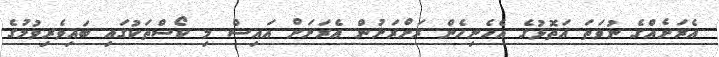
އެރަށެއްގެ ނުވަތަ އަތޮޅުގެ އެހެނިހެން ރަށްރަށުން އެރަށަށް އައިސް މި ކޯސްތަކުގައި ބައިވެރިވުމުގެ